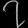
Digit: ၇